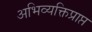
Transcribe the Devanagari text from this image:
अभिव्यक्तिप्राप्त